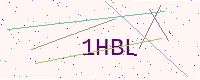
Text: 1HBL